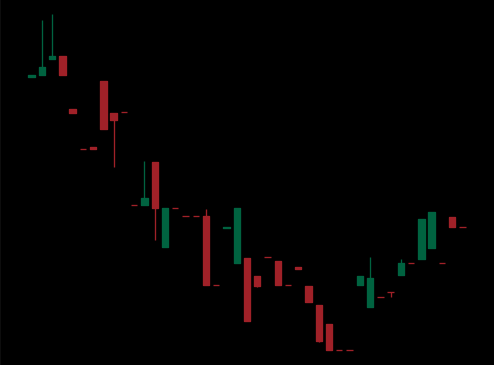
Pattern: bull_flag